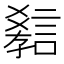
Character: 𲁯